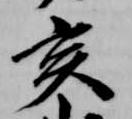
亥